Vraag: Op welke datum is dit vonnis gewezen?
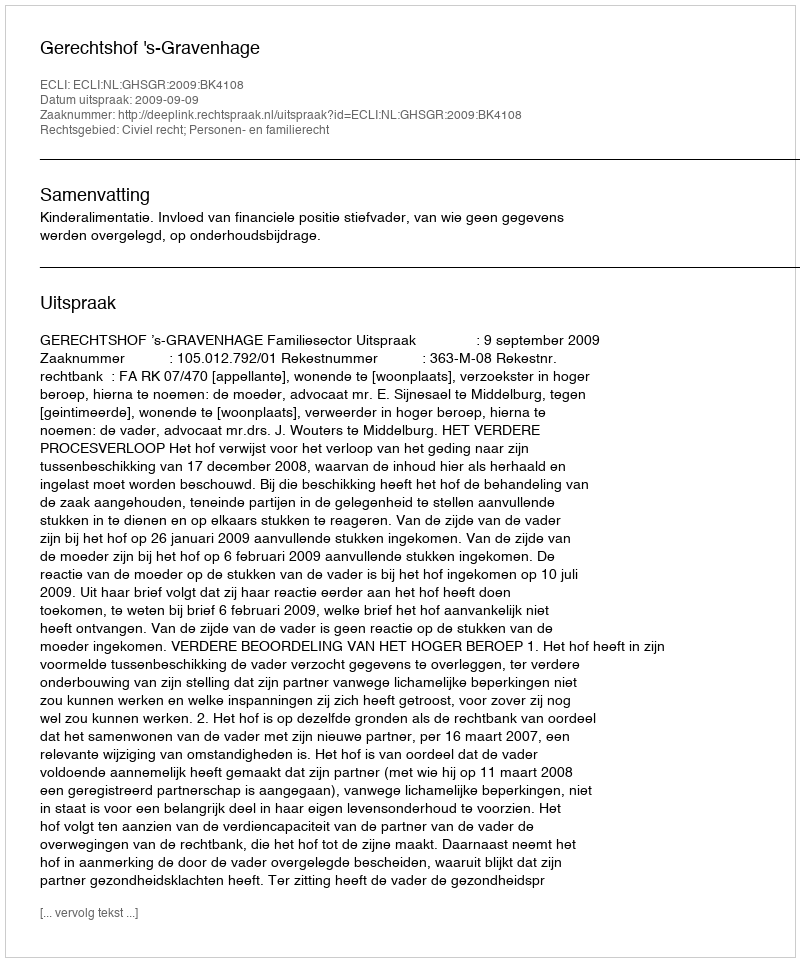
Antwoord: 2009-09-09